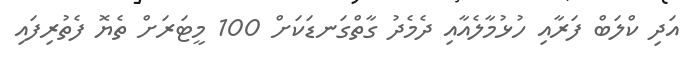
އަދި ކްލަބް ފަރާއި ހުޅުމާލެއާއި ދެމެދު ގާތްގަނޑަކަށް 100 މީޓަރަށް ތެޔޮ ފެތުރިފައި